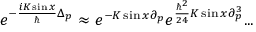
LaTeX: e ^ { - \frac { i K \sin x } { \hbar } \Delta _ { p } } \approx e ^ { - K \sin x \partial _ { p } } e ^ { \frac { \hbar ^ { 2 } } { 2 4 } K \sin x \partial _ { p } ^ { 3 } } . . .